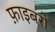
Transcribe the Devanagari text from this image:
फ़ाइबरों